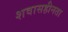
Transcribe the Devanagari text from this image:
शवासहीनता